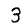
Digit: 3